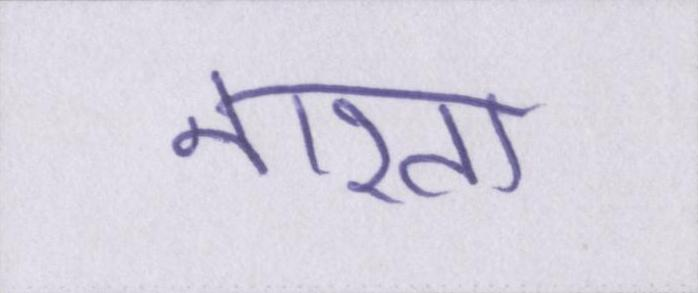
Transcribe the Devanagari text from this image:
नाश्ता